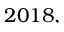
2 0 1 8 ,